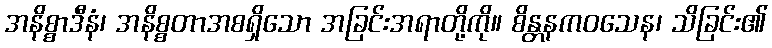
အနိစ္စာဒီနံ၊ အနိစ္စတာအစရှိသော အခြင်းအရာတို့ကို။ စိန္တနကဝသေန၊ သိခြင်း၏